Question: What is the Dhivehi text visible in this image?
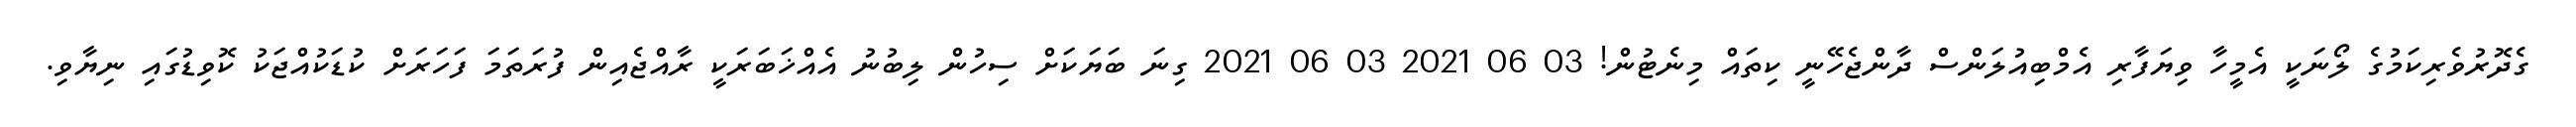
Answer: ގެދޮރުވެރިކަމުގެ ލޯނަކީ އެމީހާ ވިޔަފާރި އެމްބިއުލަންސް ދާންޖެހޭނީ ކިތައް މިނެޓުން! 03 06 2021 03 06 2021 ގިނަ ބަޔަކަށް ސިހުން ލިބުނު އެއްޚަބަރަކީ ރާއްޖެއިން ފުރަތަމަ ފަހަރަށް ކުޑަކުއްޖަކު ކޮވިޑުގައި ނިޔާވި.